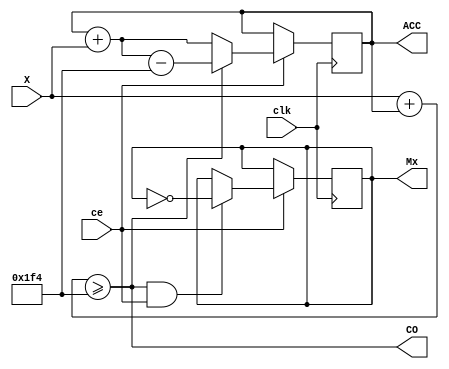
`ifndef a
	`define a 11 // 
`endif

module ACCM ( input [7:0] X, output reg [`a-1:0] ACC = 0,
							input ce, output wire CO, // 
							input clk, output reg Mx=0); //

	parameter M=500 ;
	assign CO = (X+ACC >= M); //  CO=1  X+ACC >= M
	always @ (posedge clk) if (ce) begin
		ACC <= CO? ACC + X - M : ACC + X; //    M
		Mx <= (CO & ce)? !Mx : Mx ; //
	end

endmodule